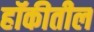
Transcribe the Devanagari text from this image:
हॉकीतील